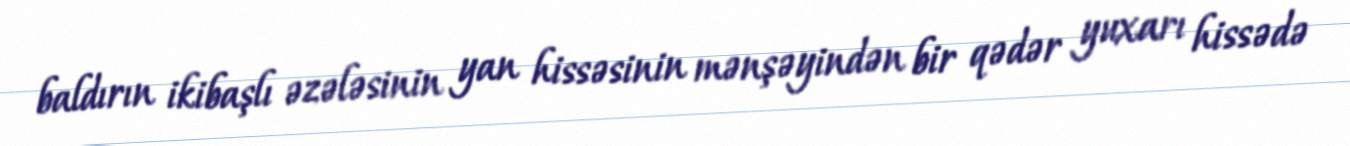
baldırın ikibaşlı əzələsinin yan hissəsinin mənşəyindən bir qədər yuxarı hissədə